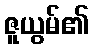
ဇူယွမ်၏